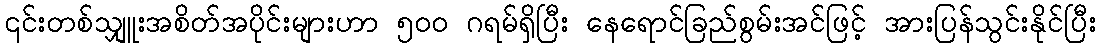
၎င်းတစ်သျှူးအစိတ်အပိုင်းများဟာ ၅၀၀ ဂရမ်ရှိပြီး နေရောင်ခြည်စွမ်းအင်ဖြင့် အားပြန်သွင်းနိုင်ပြီး